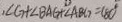
, \angle G + \angle B A G + \angle A B G = 1 8 0 ^ { \circ }